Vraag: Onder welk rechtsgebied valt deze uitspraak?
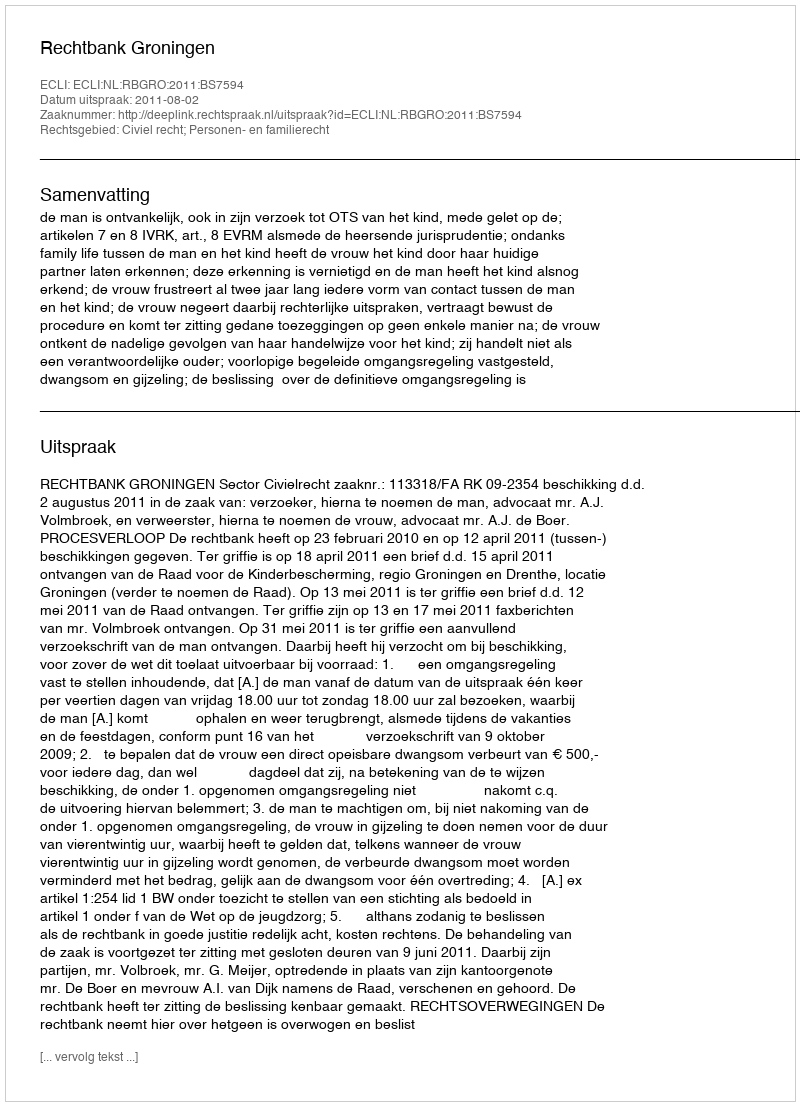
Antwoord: Civiel recht; Personen- en familierecht